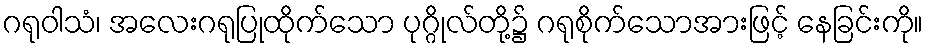
ဂရုဝါသံ၊ အလေးဂရုပြုထိုက်သော ပုဂ္ဂိုလ်တို့၌ ဂရုစိုက်သောအားဖြင့် နေခြင်းကို။